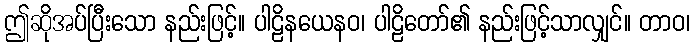
ဤဆိုအပ်ပြီးသော နည်းဖြင့်။ ပါဠိနယေနဝ၊ ပါဠိတော်၏ နည်းဖြင့်သာလျှင်။ တာဝ၊